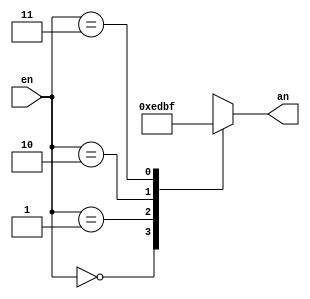
module Decoder(
	input [1:0] en,
	output [3:0] an
	);
	
	always @(en)
	begin
	case(en)
	0: an=4'b1110;
	1: an=4'b1101;
	2: an=4'b1011;
	3: an=4'b1111;
	endcase
	end

endmodule